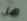
هل